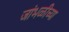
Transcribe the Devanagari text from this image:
जांभळीच्या